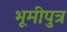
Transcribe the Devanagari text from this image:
भूमीपुत्र